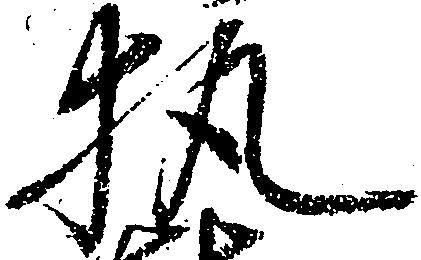
執